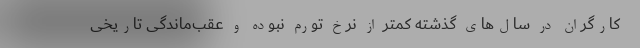
کارگران در سال‌های گذشته کمتر از نرخ تورم نبوده و عقب‌ماندگی تاریخی